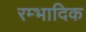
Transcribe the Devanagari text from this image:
रम्‍भादिक